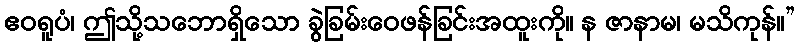
ဧဝရူပံ၊ ဤသို့သဘောရှိသော ခွဲခြမ်းဝေဖန်ခြင်းအထူးကို။ န ဇာနာမ၊ မသိကုန်။”